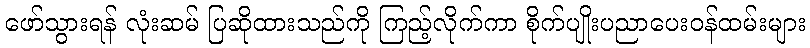
ဖော်သွားရန် လုံးဆမ် ပြဆိုထားသည်ကို ကြည့်လိုက်ကာ စိုက်ပျိုးပညာပေးဝန်ထမ်းများ